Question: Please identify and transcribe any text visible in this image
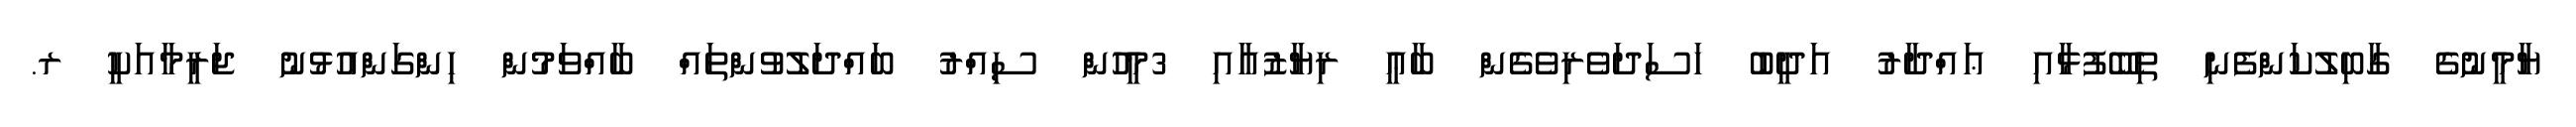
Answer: ޔާމީނުގެ ގާބިލުކަންފެނި ތިބޭފުޅާއި ޢައްދާރު އަދީބު ހަސަދަވެރިވެގެން ބާޢީ ރިޔާޒުއާއި 3މީހުން ސިއްރު ބައްދަލުވުންތައް ބާއްވަމުން ހިންގަންއުޅުނު ޖަރީމާއަކީ ރ.